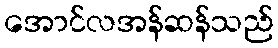
အောင်လအန်ဆန်သည်